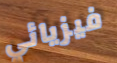
فيزيائي